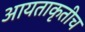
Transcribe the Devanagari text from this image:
आयताकृतीच